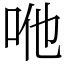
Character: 咃